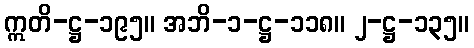
ဣတိ-ဋ္ဌ-၁၉၅။ အဘိ-၁-ဋ္ဌ-၁၁၈။ ၂-ဋ္ဌ-၁၃၅။